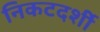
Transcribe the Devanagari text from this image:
निकटदर्शी